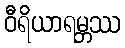
ဝီရိယာရမ္ဘဿ